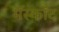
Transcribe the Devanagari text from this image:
मॅस्कॉट